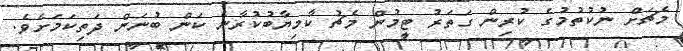
މެޗަށް ނުކުތުމުގެ ކުރިން ގަތަރު ޓީމުން މެޗު ކާމިޔާބުކުރާނެ ކަން ބުނަން ދަތިކަމަށެވެ.